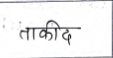
मजकूर: ताकीद